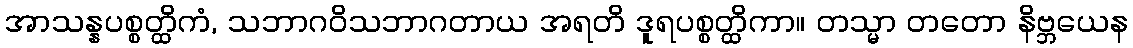
အာသန္နပစ္စတ္ထိကံ, သဘာဂဝိသဘာဂတာယ အရတိ ဒူရပစ္စတ္ထိကာ။ တသ္မာ တတော နိဗ္ဘယေန